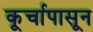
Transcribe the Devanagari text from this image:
कूर्चापासून